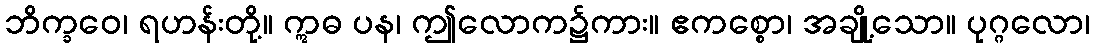
ဘိက္ခဝေ၊ ရဟန်းတို့။ ဣဓ ပန၊ ဤလောက၌ကား။ ဧကစ္စော၊ အချို့သော။ ပုဂ္ဂလော၊